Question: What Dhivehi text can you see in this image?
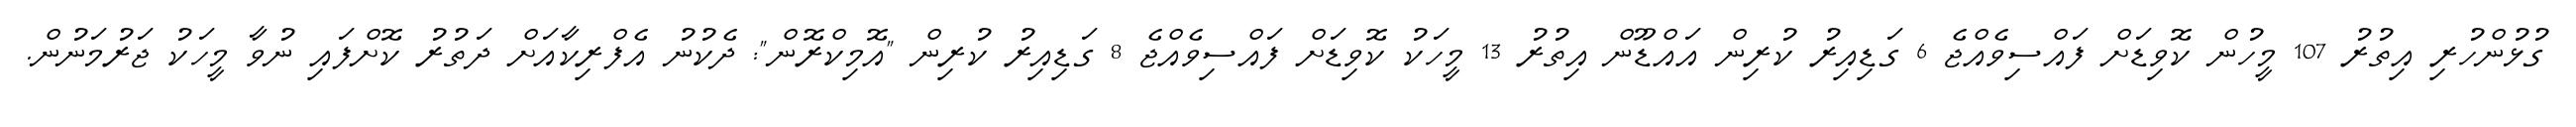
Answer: ގުޅުންހުރި އިތުރު 107 މީހުން ކޮވިޑަށް ފައްސިވެއްޖެ 6 ގަޑިއިރު ކުރިން އައްޑޫން އިތުރު 13 މީހަކު ކޮވިޑަށް ފައްސިވެއްޖެ 8 ގަޑިއިރު ކުރިން "އޮމިކްރޮން": ދެކުނު އެފްރިކާއަށް ދަތުރު ކޮށްފައި ނުވާ މީހަކު ޖަރުމަނުން.